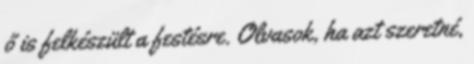
ő is felkészült a festésre. Olvasok, ha azt szeretné,